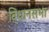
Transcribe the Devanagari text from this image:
वि्धानसभा